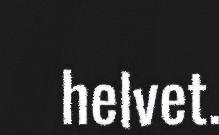
helvet.